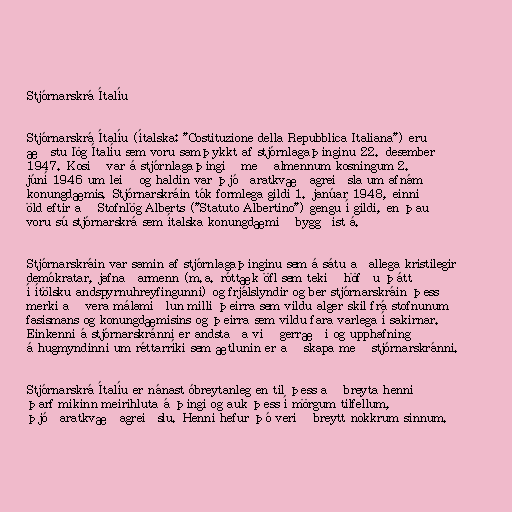
Stjórnarskrá Ítalíu

Stjórnarskrá Ítalíu (ítalska: "Costituzione della Repubblica Italiana") eru
æðstu lög Ítalíu sem voru samþykkt af stjórnlagaþinginu 22. desember
1947. Kosið var á stjórnlagaþingið með almennum kosningum 2.
júní 1946 um leið og haldin var þjóðaratkvæðagreiðsla um afnám
konungdæmis. Stjórnarskráin tók formlega gildi 1. janúar 1948, einni
öld eftir að Stofnlög Alberts ("Statuto Albertino") gengu í gildi, en þau
voru sú stjórnarskrá sem ítalska konungdæmið byggðist á.

Stjórnarskráin var samin af stjórnlagaþinginu sem á sátu aðallega kristilegir
demókratar, jafnaðarmenn (m.a. róttæk öfl sem tekið höfðu þátt
í ítölsku andspyrnuhreyfingunni) og frjálslyndir og ber stjórnarskráin þess
merki að vera málamiðlun milli þeirra sem vildu alger skil frá stofnunum
fasismans og konungdæmisins og þeirra sem vildu fara varlega í sakirnar.
Einkenni á stjórnarskránni er andstaða við gerræði og upphafning
á hugmyndinni um réttarríki sem ætlunin er að skapa með stjórnarskránni.

Stjórnarskrá Ítalíu er nánast óbreytanleg en til þess að breyta henni
þarf mikinn meirihluta á þingi og auk þess í mörgum tilfellum,
þjóðaratkvæðagreiðslu. Henni hefur þó verið breytt nokkrum sinnum.